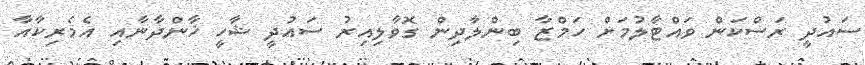
ސައުދީ ރަސްކަން ވައްޓާލުމަށް ހަމްޒާ ބިންލާދިން ގޮވާލިއިރު ސައުދީ ޝާހީ ޚާންދާނާއި އެމެރިކާއާ